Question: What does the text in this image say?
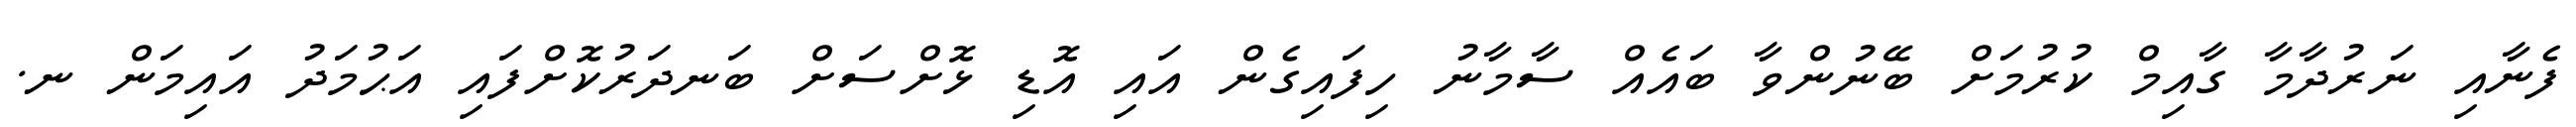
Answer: ފެނާއި ނަރުދާމާ ގާއިމް ކުރުމަށް ބޭނުންވާ ބައެއް ސާމާނު ހިފައިގެން އައި އޮޑި ޅޮށްސަށް ބަނދަރުކޮށްފައި އަޙުމަދު އައިމަން ނ.